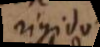
rigido